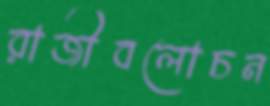
রাজীবলোচন